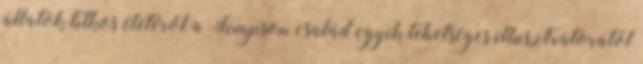
állatok titkos életéről a Simpson család egyik tehetséges illusztrátorától